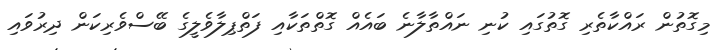
މިގޮތުން ރައްކާތެރި ގޮތުގައި ކުނި ނައްތާލާނެ ބައެއް ގޮތްތަކާއި ފަތްޕިލާވެލީގެ ބޭސްވެރިކަން ދިރުވައި